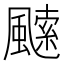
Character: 𩘝